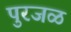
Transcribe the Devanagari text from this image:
पुरजळ